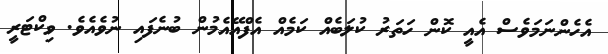
އެހެންނަމަވެސް އެއީ ކޮން ހަތަރު ކުލަބެއް ކަމެއް އެފްއޭއެމުން ބުނެފައި ނުވެއެވެ. ވިކްޓަރީ